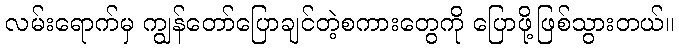
လမ်းရောက်မှ ကျွန်တော်ပြောချင်တဲ့စကားတွေကို ပြောဖို့ဖြစ်သွားတယ်။